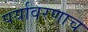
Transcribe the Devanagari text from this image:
पर्यावरणाच